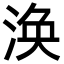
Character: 涣